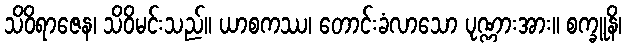
သိဝိရာဇေန၊ သိဝိမင်းသည်။ ယာစကဿ၊ တောင်းခံလာသော ပုဏ္ဏားအား။ စက္ခူနိ၊